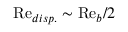
\mathrm { R e } _ { d i s p . } \sim \mathrm { R e } _ { b } / 2